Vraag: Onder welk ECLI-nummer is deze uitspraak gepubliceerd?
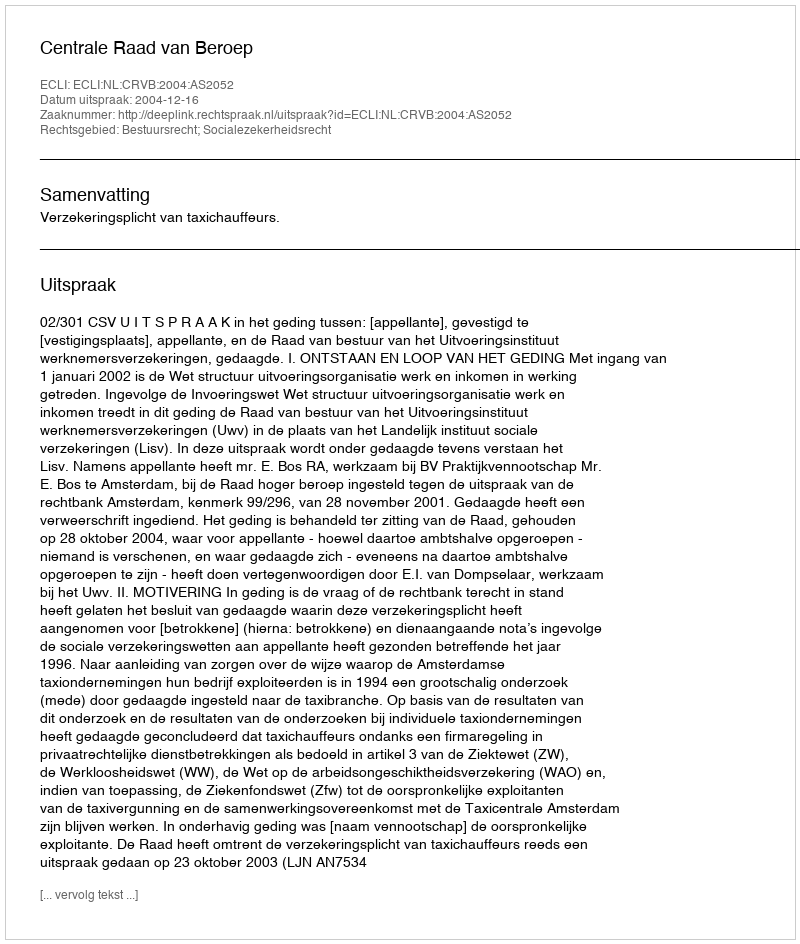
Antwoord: ECLI:NL:CRVB:2004:AS2052